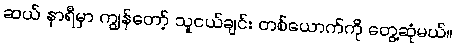
ဆယ် နာရီမှာ ကျွန်တော့် သူငယ်ချင်း တစ်ယောက်ကို တွေ့ဆုံမယ်။